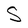
Character: S